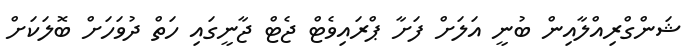
ޝަންގްރިއްލާއިން ބުނީ އަލަށް ފަށާ ޕްރައިވެޓް ޖެޓް ޖާނީގައި ހަތް ދުވަހަށް ބޮލަކަށް